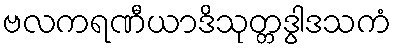
ဗလကရဏီယာဒိသုတ္တဒွါဒသကံ